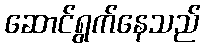
ဆောင်ရွက်နေသည်